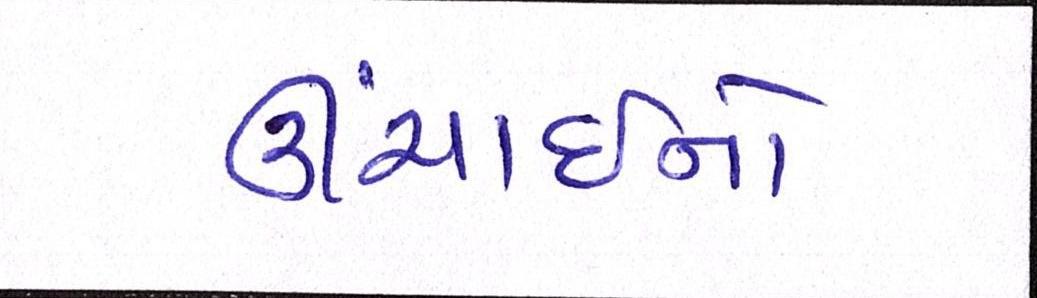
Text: ઊંચાઈનો